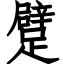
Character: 躄